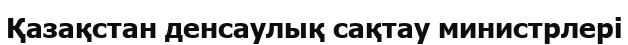
Қазақстан денсаулық сақтау министрлері